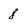
Character: 8